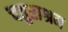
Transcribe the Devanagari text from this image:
चतुराश्रम